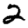
Digit: 2